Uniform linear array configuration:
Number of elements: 32
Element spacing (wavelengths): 0.75
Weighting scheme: cosine
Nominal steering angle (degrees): -45
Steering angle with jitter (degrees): -43.153
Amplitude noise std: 0.05
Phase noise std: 0.05

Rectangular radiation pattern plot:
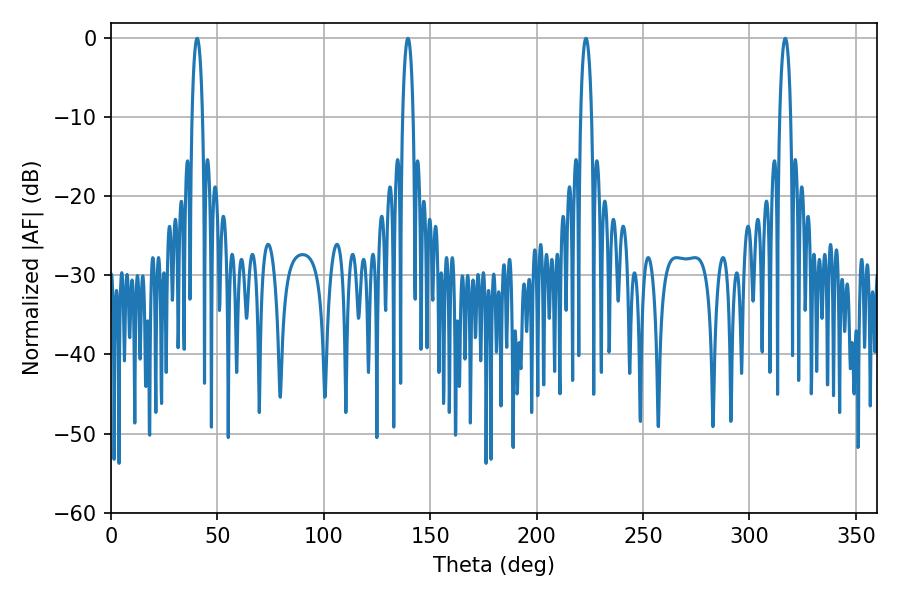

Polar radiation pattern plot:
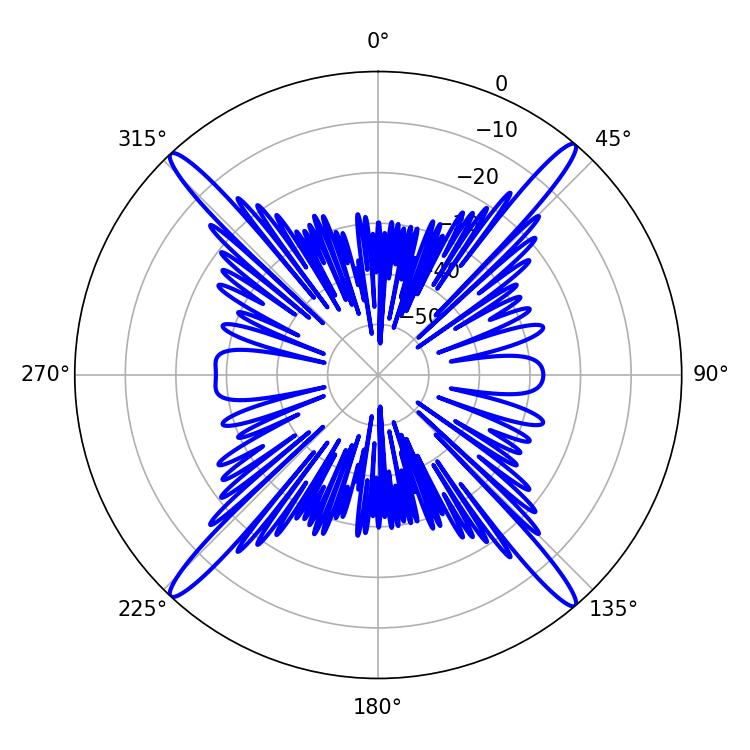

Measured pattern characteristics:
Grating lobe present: TRUE
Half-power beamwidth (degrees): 2.88
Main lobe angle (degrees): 139.5